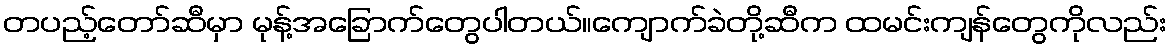
တပည့်တော်ဆီမှာ မုန့်အခြောက်တွေပါတယ်။ကျောက်ခဲတို့ဆီက ထမင်းကျန်တွေကိုလည်း